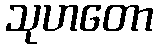
သုဟတော